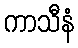
ကာသီနံ